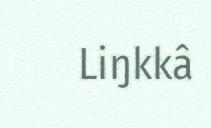
Liŋkkâ